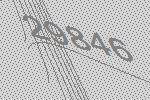
29846